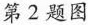
第2题图